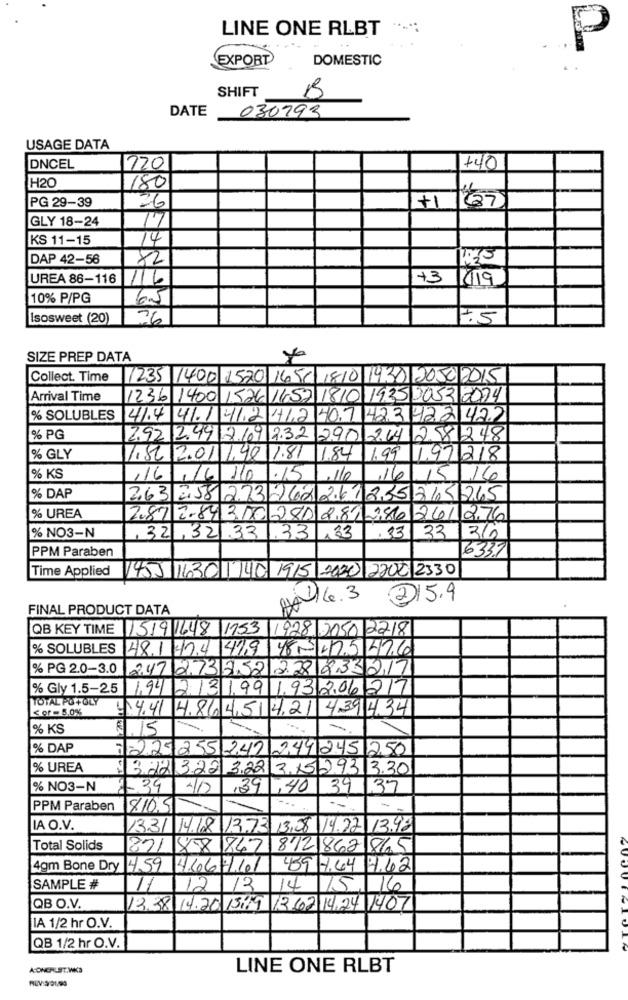
LINE ONE RLBT
P
EXPORT
DOMESTIC
SHIFT
B
DATE
030793
USAGE DATA
DNCEL
720
+40
H20
180
PG 29-39
+1
27
26
GLY 18-24
77
KS 11-15
14
DAP 42-56
82
UREA 86-116
+3
11/19
10% P/PG
6.5
Isosweet (20)
26
SIZE PREP DATA
Collect. Time
1235 1400 1520 1650 1810 1930 2050 2015
Arrival Time
1236 1400 1526 1657 18
1935 3053 2024
% SOLUBLES
41.4 41.1 41.2 412
83422422
% PG
2.92 2.49 8.669 2.32 290
264 2581248
% GLY
1.82 2.01.99
1.81
1.84
1.99
1971218
% KS
,16
110
110
6
16
% DAP
2.63
2351864265
% UREA
386 261276
33
% NO3-N
32
,32133
,33
33 33
136
PPM Paraben
6337
Time Applied
1455 11.301.740 1915 2020 2202 2330
416.3
215.9
FINAL PRODUCT DATA
QB KEY TIME 15/9 1648 1153 1928 5050 2218
% SOLUBLES
481 424 419 48- 425276
% PG 2.0-3.0
247273852
2.28 233217
% Gly 1.5-25
1.94
2
31
1,99
193206217
TOTAL PO+OLY
S of = 5,0%
$4.41 4.86 4,51
4.21 439434
% KS
% DAP
22925
149
2451250
% UREA
322 322
3.22
3.15293 3.30
% NO3-N
+ 39
,39
,40
39
.37
PPM Paraben
8105
LA O.V.
1331
14.18
13.73
13,08 19.22 13.98
Total Solids
821
858 847
8/2 862 865
4gm Bone Dry
459 4.667/10
459 1.64 4.62
SAMPLE #
11
12
12
14/15/16
QB O.V.
13.38 19.20.13:19 13.62 14,24 1407
IA 1/2 hr O.V.
QB 1/2 hr O.V.
A:ONERLET.WKS
LINE ONE RLBT